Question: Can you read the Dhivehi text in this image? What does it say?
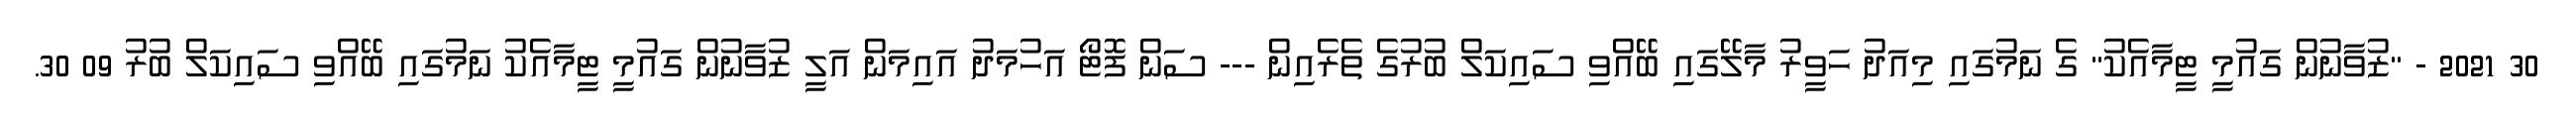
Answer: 30 2021 - "ޒުވާނުން ގައުމީ ޓީމާއެކު" ގެ ނަމުގައި މިއަދު ހަވީރު މާލޭގައި ބޭއްވި ސައިކަލް ބުރުގެ ތެރެއިން --- ސަން ފޮޓޯ އަހުމަދު އައިމަން އަލީ ޒުވާނުން ގައުމީ ޓީމާއެކު ނަމުގައި ބޭއްވި ސައިކަލް ބުރު 09 30.